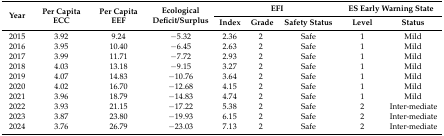
| <ROWSPAN=2> Year | <ROWSPAN=2> Per Capita ECC | <ROWSPAN=2> Per Capita EEF | <ROWSPAN=2> Ecological Deficit/Surplus | <COLSPAN=3> EFI | <COLSPAN=2> ES Early Warning State |
 | Index | Grade | Safety Status | Level | Status |
 | --- | --- | --- | --- | --- | --- | --- | --- | --- |
 | 2015 | 3.92 | 9.24 | −5.32 | 2.36 | 2 | Safe | 1 | Mild |
 | 2016 | 3.95 | 10.40 | −6.45 | 2.63 | 2 | Safe | 1 | Mild |
 | 2017 | 3.99 | 11.71 | −7.72 | 2.93 | 2 | Safe | 1 | Mild |
 | 2018 | 4.03 | 13.18 | −9.15 | 3.27 | 2 | Safe | 1 | Mild |
 | 2019 | 4.07 | 14.83 | −10.76 | 3.64 | 2 | Safe | 1 | Mild |
 | 2020 | 4.02 | 16.70 | −12.68 | 4.15 | 2 | Safe | 1 | Mild |
 | 2021 | 3.96 | 18.79 | −14.83 | 4.74 | 2 | Safe | 1 | Mild |
 | 2022 | 3.93 | 21.15 | −17.22 | 5.38 | 2 | Safe | 2 | Inter-mediate |
 | 2023 | 3.87 | 23.80 | −19.93 | 6.15 | 2 | Safe | 2 | Inter-mediate |
 | 2024 | 3.76 | 26.79 | −23.03 | 7.13 | 2 | Safe | 2 | Inter-mediate |